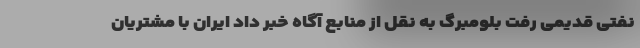
نفتی قدیمی رفت بلومبرگ به نقل از منابع آگاه خبر داد ایران با مشتریان